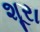
શૂરા